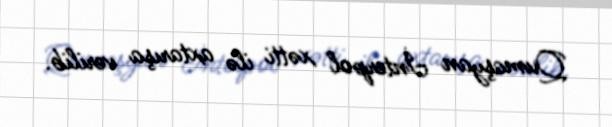
Qumaşyan İnterpol xətti ilə axtarışa verilib.